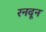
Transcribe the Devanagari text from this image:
रनदून